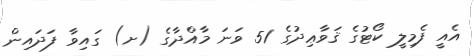
އެއީ ފެމިލީ ކޯޓުގެ ޤަވާޢިދުގެ 51 ވަނަ މާއްދާގެ (ށ) ގައިވާ ފަދައިން